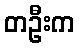
တဦးက